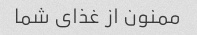
ممنون از غذای شما